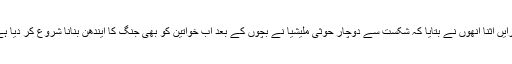
درایں اثنا انھوں نے بتایا کہ شکست سے دوچار حوثی ملیشیا نے بچوں کے بعد اب خواتین کو بھی جنگ کا ایندھن بنانا شروع کر دیا ہے۔